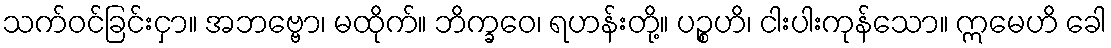
သက်ဝင်ခြင်းငှာ။ အဘဗ္ဗော၊ မထိုက်။ ဘိက္ခဝေ၊ ရဟန်းတို့။ ပဉ္စဟိ၊ ငါးပါးကုန်သော။ ဣမေဟိ ခေါ